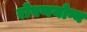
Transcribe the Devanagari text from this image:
रोपणयोग्य